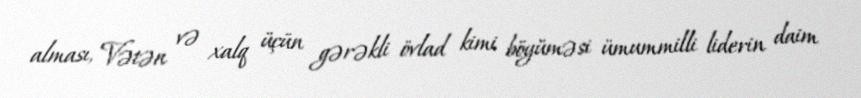
alması, Vətən və xalq üçün gərəkli övlad kimi böyüməsi ümummilli liderin daim